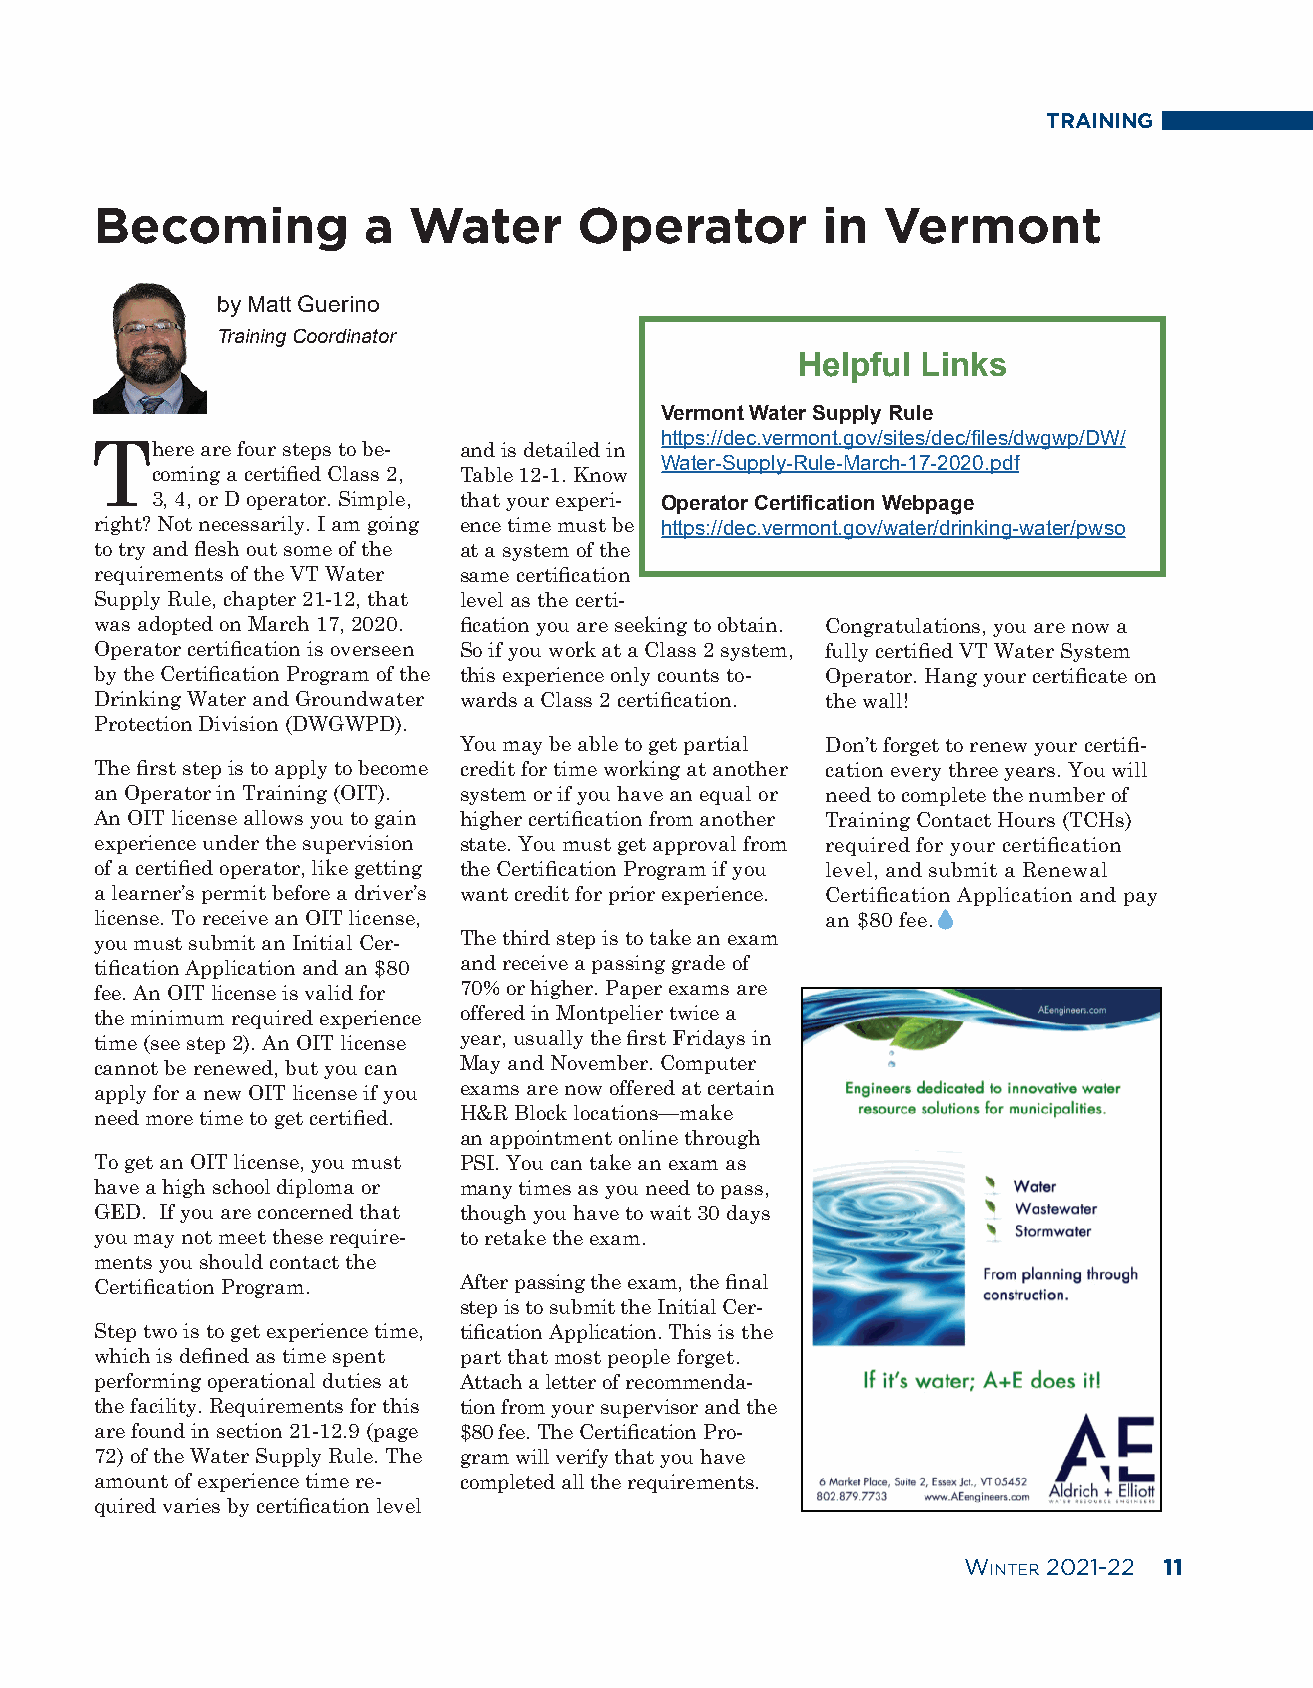
TRAINING
 Becoming          a  Water      Operator        in  Vermont
 by Matt Guerino
 Training Coordinator
 Helpful Links
 Vermont Water Supply Rule
 https://dec.vermont.gov/sites/dec/files/dwgwp/DW/
 There  are four steps to be- and is detailed in
 Water-Supply-Rule-March-17-2020.pdf
 coming a certified Class 2, Table 12-1. Know
 3, 4, or D operator. Simple, that your experi- Operator Certification Webpage
 right? Not necessarily. I am going ence time must be https://dec.vermont.gov/water/drinking-water/pwso
 to try and flesh out some of the at a system of the
 requirements of the VT Water same certification
 Supply Rule, chapter 21-12, that level as the certi-
 was adopted on March 17, 2020. fication you are seeking to obtain. Congratulations, you are now a
 Operator certification is overseen So if you work at a Class 2 system, fully certified VT Water System
 by the Certification Program of the this experience only counts to- Operator. Hang your certificate on
 Drinking Water and Groundwater wards a Class 2 certification. the wall!
 Protection Division (DWGWPD).
 You may be able to get partial Don’t forget to renew your certifi-
 The first step is to apply to become credit for time working at another cation every three years. You will
 an Operator in Training (OIT). system or if you have an equal or need to complete the number of
 An OIT license allows you to gain higher certification from another Training Contact Hours (TCHs)
 experience under the supervision state. You must get approval from required for your certification
 of a certified operator, like getting the Certification Program if you level, and submit a Renewal
 a learner’s permit before a driver’s want credit for prior experience. Certification Application and pay
 license. To receive an OIT license,              an $80 fee.
 you must submit an Initial Cer- The third step is to take an exam
 tification Application and an $80 and receive a passing grade of
 fee. An OIT license is valid for 70% or higher. Paper exams are
 the minimum required experience offered in Montpelier twice a
 time (see step 2). An OIT license year, usually the first Fridays in
 cannot be renewed, but you can May and November. Computer
 apply for a new OIT license if you exams are now offered at certain
 need more time to get certified. H&R Block locations—make
 an appointment online through
 To get an OIT license, you must PSI. You can take an exam as
 have a high school diploma or many times as you need to pass,
 GED. If you are concerned that though you have to wait 30 days
 you may not meet these require- to retake the exam.
 ments you should contact the
 Certification Program.  After passing the exam, the final
 step is to submit the Initial Cer-
 Step two is to get experience time, tification Application. This is the
 which is defined as time spent part that most people forget.
 performing operational duties at Attach a letter of recommenda-
 the facility. Requirements for this tion from your supervisor and the
 are found in section 21-12.9 (page $80 fee. The Certification Pro-
 72) of the Water Supply Rule. The gram will verify that you have
 amount of experience time re- completed all the requirements.
 quired varies by certification level
 Winter 2021-22 11